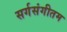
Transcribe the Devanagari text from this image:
सर्गसंगीतम